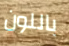
باللون